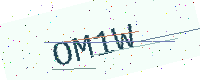
Text: OM1W